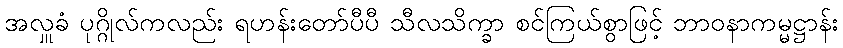
အလှူခံ ပုဂ္ဂိုလ်ကလည်း ရဟန်းတော်ပီပီ သီလသိက္ခာ စင်ကြယ်စွာဖြင့် ဘာဝနာကမ္မဋ္ဌာန်း